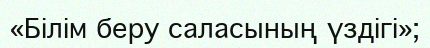
«Білім беру саласының үздігі»;